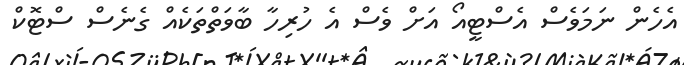
އެހެން ނަމަވެސް އެސްޓީއޯ އަށް ވެސް އެ ހުރިހާ ބާވަތްތަކެއް ގެނެސް ސްޓޮކް